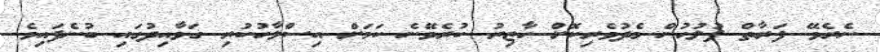
ނެރެވޭ ފަރާތް ފުލުހުން މެދުވެރިކޮށް ހާޒިރު ކުރެވޭނެ ކަމަށް އިސްލާހުކުރި ގަވާއިދުގައި ބުނެފައިވެ